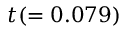
t ( = 0 . 0 7 9 )